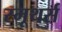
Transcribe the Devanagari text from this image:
स्मूथर्स